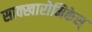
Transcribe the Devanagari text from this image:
साक्खारोमिकेस्